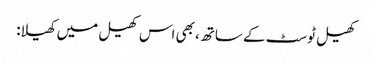
کھیل ٹوسٹ کے ساتھ، بھی اس کھیل میں کھیلا: